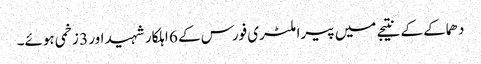
دھماکے کے نتیجے میں پیرا ملٹری فورس کے 6 اہلکار شہید اور 3 زخمی ہوئے۔